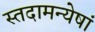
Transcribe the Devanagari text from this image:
स्तदामन्येषां